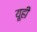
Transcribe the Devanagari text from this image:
यूही